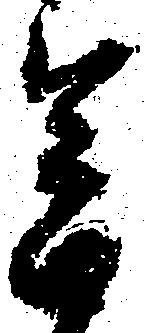
念